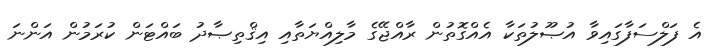
އެ ފަލްސަފާގައިވާ އުޞޫލުތަކާ އެއްގޮތުން ރާއްޖޭގެ މާލިއްޔަތާއި އިޤްތިޞާދު ބައްޓަން ކުރަމުން އަންނަ